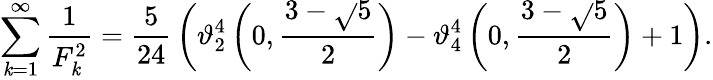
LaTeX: \sum_{\mathit{k}=1}^{\infty}{\frac{{1}}{{F_{\mathit{k}}^{2}}}}={\frac{{5}}{{24}}}\left(\vartheta_{2}^{4}\left(0,{\frac{{3-{\sqrt{}{{5}}}}}{{2}}}\right)-\vartheta_{4}^{4}\left(0,{\frac{{3-{\sqrt{}{{5}}}}}{{2}}}\right)+1\right).